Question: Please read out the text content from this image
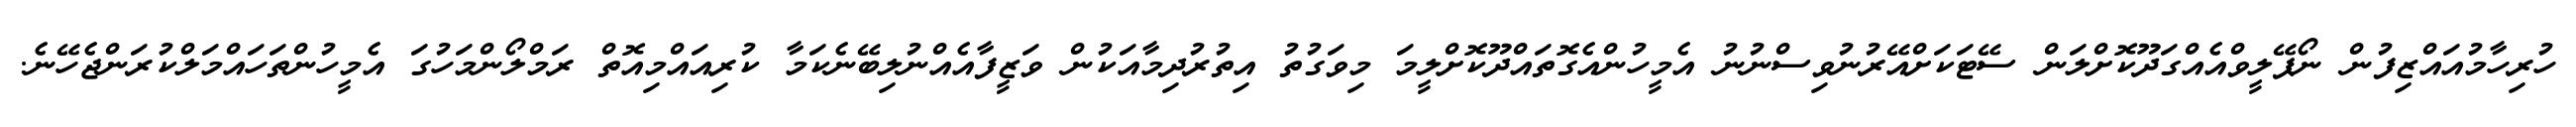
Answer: ހުރިހާމުއައްޒިފުން ނޯޕޭލީވްއެއްގަދޫކޮށްލަން ސޭޓަކަށްއޭރުނުވިސްނުނު އެމީހުންއެގޮތައްދޫކޮށްލީމަ މިވަގުތު އިތުރުދިމާއަކުން ވަޒީފާއެއްނުލިބޭނެކަމާ ކުރިއައްމިއޮތް ރަމްލޯންމަހުގަ އެމީހުންތަހައްމަލްކުރަންޖެހޭނެ.